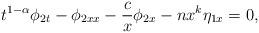
LaTeX: \begin{align*}t^{1-\alpha}\phi_{2t}-\phi_{2xx}-\frac{c}{x}\phi_{2x}-nx^k\eta_{1x}=0,\end{align*}